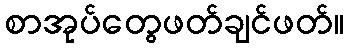
စာအုပ်တွေဖတ်ချင်ဖတ်။